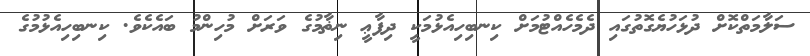
ސަލާމަތްކޮށް ދުޅަހުޔެގޮތުގައި ދެމެހެއްޓުމަށް ކިނބިހިއެޅުމަކީ ދިފާޢީ ނިޡާމުގެ ވަރަށް މުހިންމު ބައެކެވެ. ކިނބިހިއެޅުމުގެ